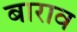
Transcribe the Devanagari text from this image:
बाराव